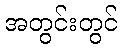
အတွင်းတွင်